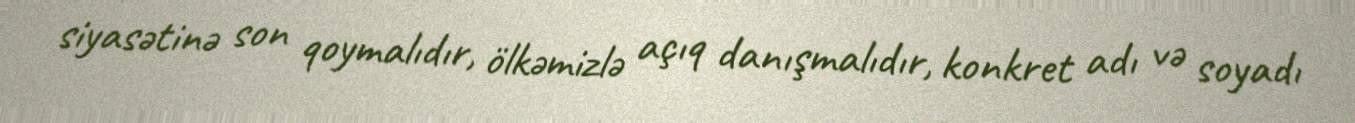
siyasətinə son qoymalıdır, ölkəmizlə açıq danışmalıdır, konkret adı və soyadı